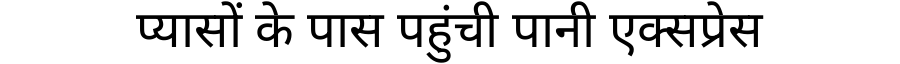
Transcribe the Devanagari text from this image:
प्यासों के पास पहुंची पानी एक्सप्रेस